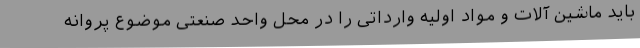
باید ماشین آلات و مواد اولیه وارداتی را در محل واحد صنعتی موضوع پروانه